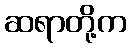
ဆရာတို့က